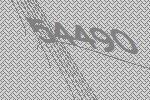
54490